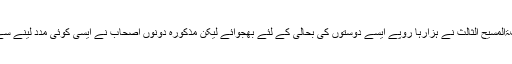
حتیٰ کہ حضرت خلیفۃالمسیح الثالثؒ نے ہزارہا روپے ایسے دوستوں کی بحالی کے لئے بھجوائے لیکن مذکورہ دونوں اصحاب نے ایسی کوئی مدد لینے سے بھی معذرت ہی کی۔